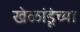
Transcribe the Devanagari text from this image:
खेळांडूंच्या